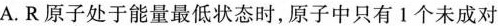
A.R原子处于能量最低状态时，原子中只有1个未成对